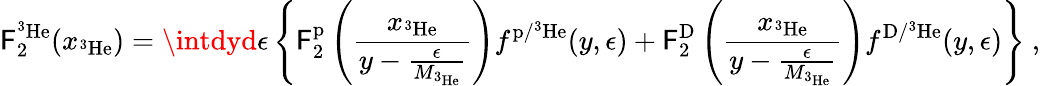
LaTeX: \mathsf{F}_{2}^{\mathrm{{^3He}}}(x_{\mathrm{{^3He}}})=\intdyd\epsilon\left\{ \mathsf{F}_{2}^{\mathrm{{p}}}\left(\frac{{x_{\mathrm{{^3He}}}}}{{y-\frac{{\epsilon}}{{M_{\mathrm{{^3He}}}}}}}\right)f^{\mathrm{{p/{^3He}}}}(y,\epsilon)+\mathsf{F}_{2}^{\mathrm{{D}}}\left(\frac{{x_{\mathrm{{^3He}}}}}{{y-\frac{{\epsilon}}{{M_{\mathrm{{^3He}}}}}}}\right)f^{\mathrm{{D/{^3He}}}}(y,\epsilon)\right\} ~,